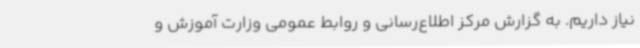
نیاز داریم. به گزارش مرکز اطلاع‌رسانی و روابط عمومی وزارت آموزش و